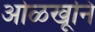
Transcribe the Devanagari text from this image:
ओळखूनि